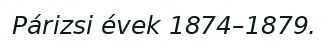
Párizsi évek 1874–1879.